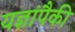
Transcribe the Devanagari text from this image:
यज्ञांपैकी